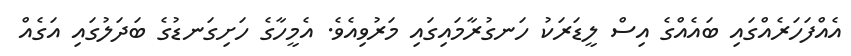
އެއްފަހަރެއްގައި ބައެއްގެ އިސް ލީޑަރަކު ހަނގުރާމައިގައި މަރުވިއެވެ. އެމީހާގެ ހަށިގަނޑުގެ ބަދަލުގައި އަގެއް